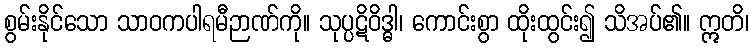
စွမ်းနိုင်သော သာဝကပါရမီဉာဏ်ကို။ သုပ္ပဋိဝိဒ္ဓါ၊ ကောင်းစွာ ထိုးထွင်း၍ သိအပ်၏။ ဣတိ၊